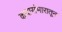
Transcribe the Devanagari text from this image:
कथासंभारातून